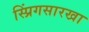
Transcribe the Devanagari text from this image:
स्प्रिंगसारखा